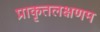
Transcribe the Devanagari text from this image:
प्राकृतलक्षणम